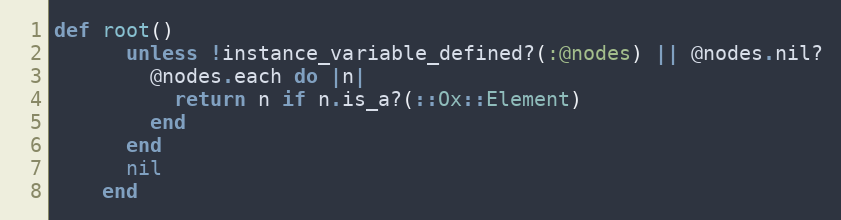
Language: Ruby
def root()
      unless !instance_variable_defined?(:@nodes) || @nodes.nil?
        @nodes.each do |n|
          return n if n.is_a?(::Ox::Element)
        end
      end
      nil
    end